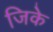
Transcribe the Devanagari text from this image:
जिके